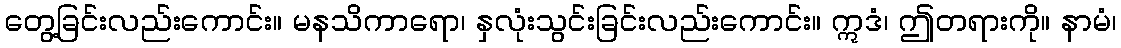
တွေ့ခြင်းလည်းကောင်း။ မနသိကာရော၊ နှလုံးသွင်းခြင်းလည်းကောင်း။ ဣဒံ၊ ဤတရားကို။ နာမံ၊